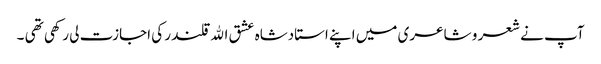
آپ نے شعر و شاعری میں اپنے استادشاہ عشق اﷲ قلندر کی اجازت لی رکھی تھی ۔